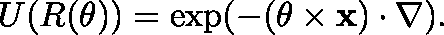
U ( R ( \mathbf { \theta } ) ) = \exp ( - ( \mathbf { \theta } \times \mathbf { x } ) \cdot \nabla ) .